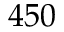
4 5 0